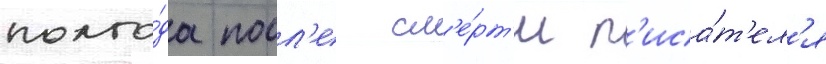
полго́да посл'е см'е́рт'и п'иса́т'ел'я